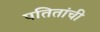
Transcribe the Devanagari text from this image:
पतितांची